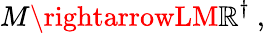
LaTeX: M\rightarrowLM\mathbb{R}^{\dagger}~,